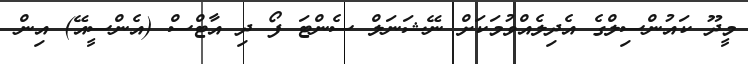
މީދޫ ކައުންސިލްގެ އެދިލެއްވުމަކަށް ނޭޝަނަލް ސެންޓަ ފޯ ދި އާޓްސް (އެންސީއޭ) އިން